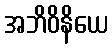
အဘိဝိနိယေ